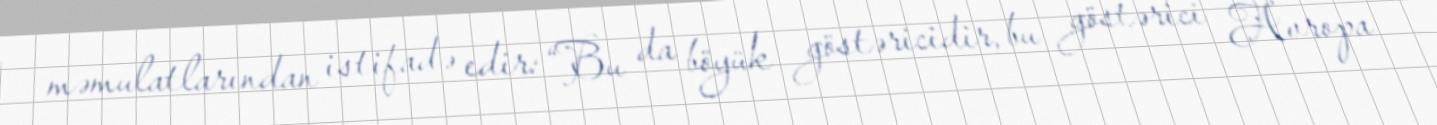
məmulatlarından istifadə edir: “Bu da böyük göstəricidir, bu göstərici Avropa